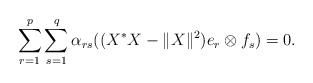
\begin{align*}\sum_{r=1}^p \sum_{s=1}^q \alpha_{rs} ((X^*X-\|X\|^2) e_r\otimes f_s)=0.\end{align*}